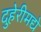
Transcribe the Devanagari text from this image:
दुहेरीमद्ये